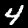
Label: 4